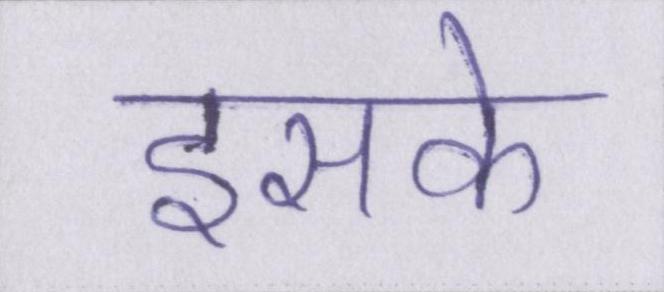
इसके